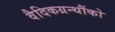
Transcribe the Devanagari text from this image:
वैदिकग्रन्थौंको